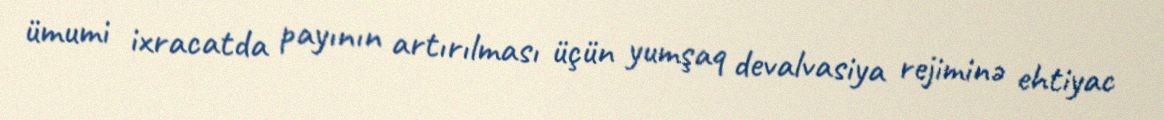
ümumi ixracatda payının artırılması üçün yumşaq devalvasiya rejiminə ehtiyac